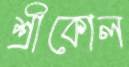
শ্রীকোল